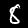
Label: 8